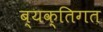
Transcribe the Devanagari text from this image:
ब्यक्तिगत